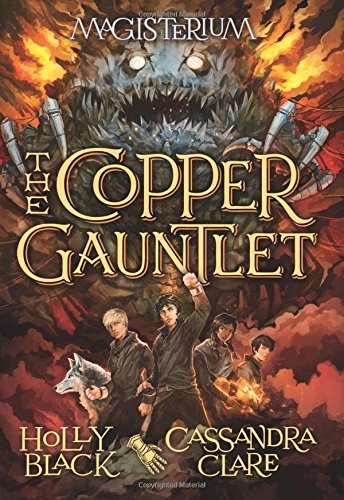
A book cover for The Copper Gauntlet (Magisterium, Book 2); Holly Black; Children's Books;